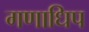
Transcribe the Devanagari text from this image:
गणाधिप